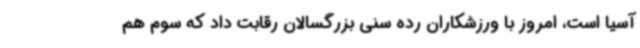
آسیا است، امروز با ورزشکاران رده سنی بزرگسالان رقابت داد که سوم هم